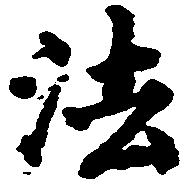
法